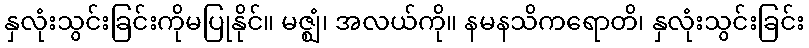
နှလုံးသွင်းခြင်းကိုမပြုနိုင်။ မဇ္ဈံ၊ အလယ်ကို။ နမနသိကရောတိ၊ နှလုံးသွင်းခြင်း